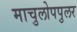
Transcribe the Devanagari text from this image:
माचुलोपपुलर